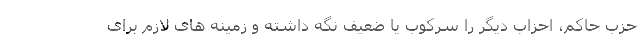
حزب حاکم، احزاب دیگر را سرکوب یا ضعیف نگه داشته و زمینه های لازم برای